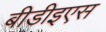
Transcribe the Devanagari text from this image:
बीडीइएस